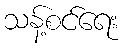
သန့်စင်ရေး